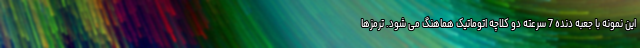
این نمونه با جعبه دنده 7 سرعته دو کلاچه اتوماتیک هماهنگ می شود. ترمزها